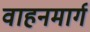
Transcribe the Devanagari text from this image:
वाहनमार्ग